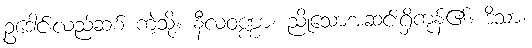
ဥဒေါင်းလည်ဆစ် ကဲ့သို့။ နီလဝဏ္ဏာ၊ ညိုသောအဆင်းရှိကုန်၏။ ဒိသာ၊